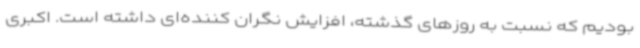
بودیم که نسبت به روزهای گذشته، افزایش نگران کننده‌ای داشته است. اکبری